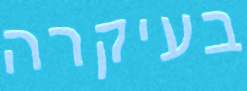
בעיקרה